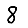
Digit: 8